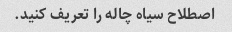
اصطلاح سیاه چاله را تعریف کنید.